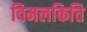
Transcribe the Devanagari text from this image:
विमलकित्ति